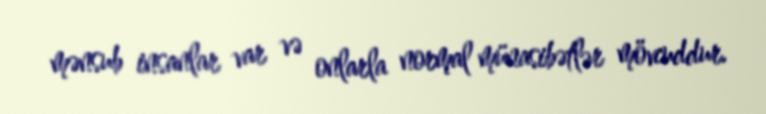
mənsub insanlar var və onlarla normal münasibətlər mövcuddur.